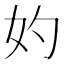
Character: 妁